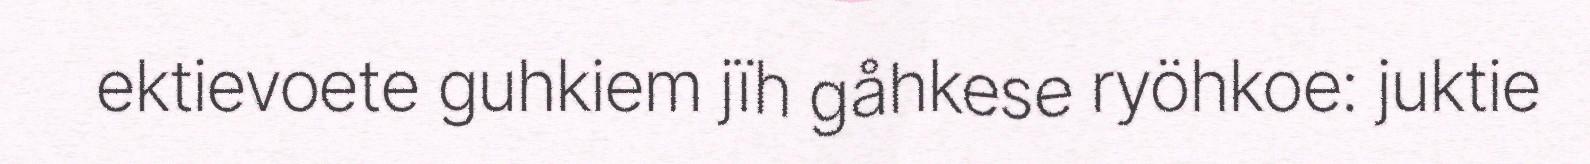
ektievoete guhkiem jïh gåhkese ryöhkoe: juktie